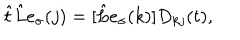
\hat { t } \hat { L } e _ { \sigma } ( j ) = [ \hat { L } e _ { \sigma } ( k ) ] D _ { k j } ( t ) ,